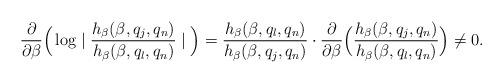
LaTeX: \begin{align*}\frac{\partial}{\partial\beta}\Big(\log \mid \frac{h_{\beta}(\beta, q_j,q_n)}{h_{\beta}(\beta, q_l,q_n)}\mid \Big) &= \frac{h_{\beta}(\beta, q_l,q_n)}{h_{\beta}(\beta,q_j,q_n)}\cdot \frac{\partial}{\partial \beta} \Big(\frac{h_{\beta}(\beta,q_j,q_n)}{h_{\beta}(\beta,q_l,q_n)}\Big) \neq 0. \end{align*}